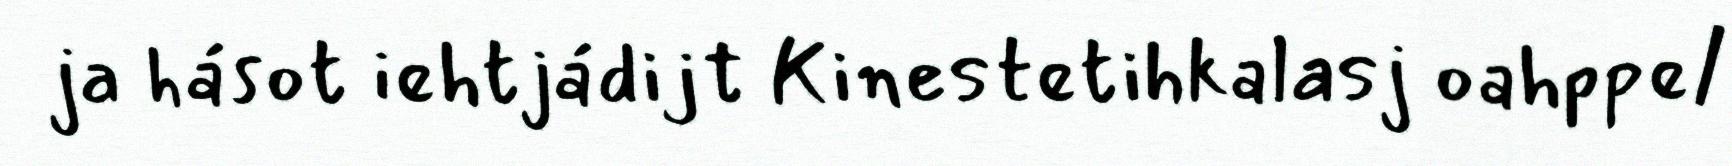
ja hásot iehtjádijt Kinestetihkalasj oahppe/